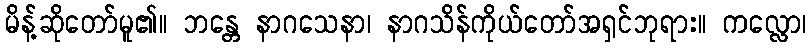
မိန့်ဆိုတော်မူ၏။ ဘန္တေ နာဂသေနာ၊ နာဂသိန်ကိုယ်တော်အရှင်ဘုရား။ ကလ္လော၊